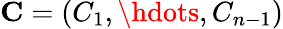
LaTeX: \mathbf{C}=(C_{1},\hdots,C_{n-1})